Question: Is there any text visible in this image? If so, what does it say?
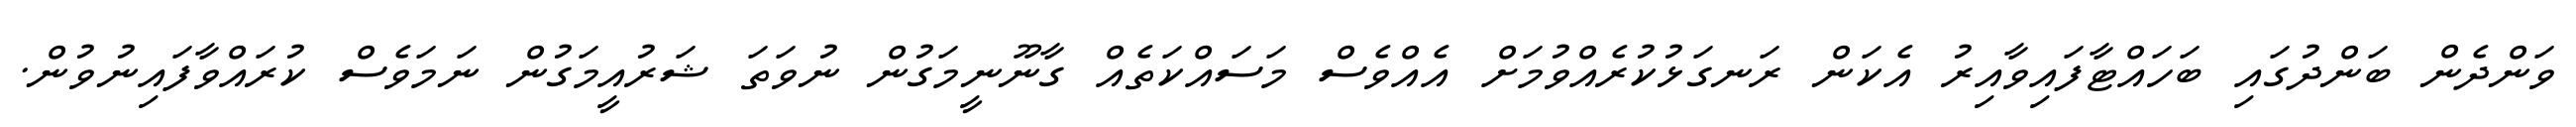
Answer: ވަންދެން ބަންދުގައި ބަހައްޓާފައިވާއިރު އެކަން ރަނގަޅުކުރެއްވުމަށް އެއްވެސް މަސައްކަތެއް ގާނޫނީމަގުން ނުވަތަ ޝަރުއީމަގުން ނަމަވެސް ކުރައްވާފައިނުވުން.